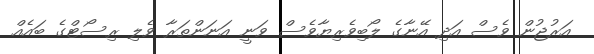
އަރުޖުން ވެސް އަދި އޭނާގެ ލޯބިވެރިޔާވެސް ވަނީ އަނަންތަރާ ވެލި ރިސޯޓްގެ ބައެއް